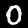
Label: 0